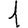
Digit: 1